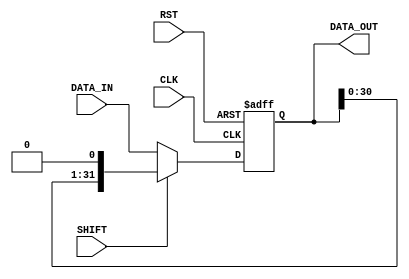
`timescale 1ns / 1ns

`define BLOCKING

module TEMP(input wire CLK,
            input wire RST,
            input wire SHIFT,
            input wire [31:0] DATA_IN,
            output reg [31:0] DATA_OUT
           );
    
    always @(posedge CLK, posedge RST) begin
        if (RST) begin
            DATA_OUT <= 0;
        end
        else if (SHIFT) begin
            `ifdef BLOCKING
                DATA_OUT = DATA_OUT << 1;
            `else
                DATA_OUT <= DATA_OUT << 1;
            `endif
        end
        else begin 
            DATA_OUT <= DATA_IN;
        end
    end
    
endmodule